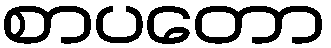
စာပတော